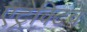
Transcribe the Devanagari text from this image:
एट्रेक्टिव